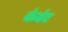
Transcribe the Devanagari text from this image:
केवेट